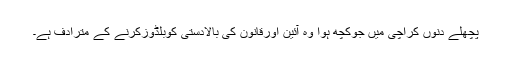
پچھلے دنوں کراچی میں جوکچھ ہوا وہ آئین اورقانون کی بالادستی کوبلڈوزکرنے کے مترادف ہے۔